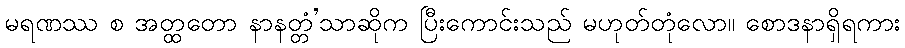
မရဏဿ စ အတ္ထတော နာနတ္တံ’သာဆိုက ပြီးကောင်းသည် မဟုတ်တုံလော။ စောဒနာရှိရကား